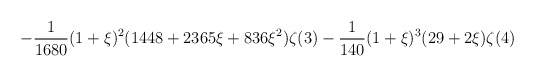
\begin{align*}\displaystyle\quad-\frac{1}{1680}(1+\xi)^2(1448+2365\xi+836\xi^2)\zeta(3)-\frac{1}{140}(1+\xi)^3(29+2\xi)\zeta(4)\end{align*}